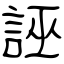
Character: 誣